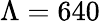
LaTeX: \Lambda=640